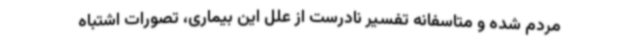
مردم شده و متاسفانه تفسیر نادرست از علل این بیماری، تصورات اشتباه